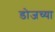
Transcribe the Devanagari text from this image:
डोजच्या